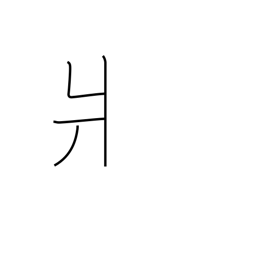
Meaning: left-side kata radical (no. 90)